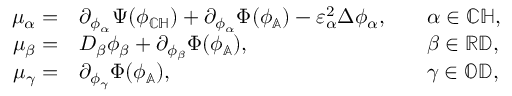
\begin{array} { r l r l } { \mu _ { \alpha } = } & { \partial _ { \phi _ { \alpha } } \Psi ( \phi _ { \mathbb { C } \mathbb { H } } ) + \partial _ { \phi _ { \alpha } } \Phi ( \phi _ { \mathbb { A } } ) - \varepsilon _ { \alpha } ^ { 2 } \Delta \phi _ { \alpha } , } & & { \alpha \in { \mathbb { C } \mathbb { H } } , } \\ { \mu _ { \beta } = } & { D _ { \beta } \phi _ { \beta } + \partial _ { \phi _ { \beta } } \Phi ( \phi _ { \mathbb { A } } ) , } & & { \beta \in { \mathbb { R } \mathbb { D } } , } \\ { \mu _ { \gamma } = } & { \partial _ { \phi _ { \gamma } } \Phi ( \phi _ { \mathbb { A } } ) , } & & { \gamma \in { \mathbb { O } \mathbb { D } } , } \end{array}